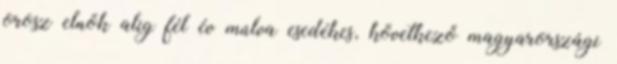
orosz elnök alig fél év múlva esedékes, következő magyarországi